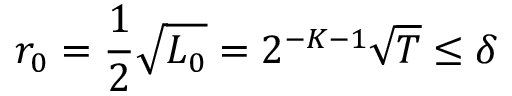
r _ { 0 } = \frac 1 2 \sqrt { L _ { 0 } } = 2 ^ { - K - 1 } \sqrt T \le \delta